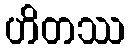
ဟိတဿ